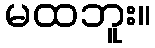
မထဘူး။